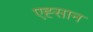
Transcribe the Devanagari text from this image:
एह्सान